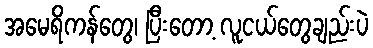
အမေရိကန်တွေ၊ ပြီးတော့ လူငယ်တွေချည်းပဲ